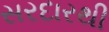
સરદારથી